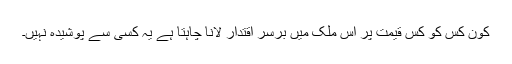
کون کس کو کس قیمت پر اس ملک میں برسرِ اقتدار لانا چاہتا ہے یہ کسی سے پوشیدہ نہیں۔